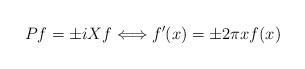
LaTeX: \begin{align*}Pf = \pm i X f\Longleftrightarrow f'(x) = \pm 2 \pi x f(x)\end{align*}